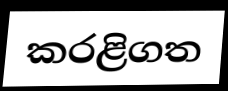
කරළිගත